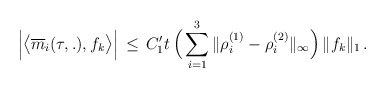
\begin{align*}\Big| \big< \overline{m}_i (\tau,.), f_k \big>\Big|\,\le \, C_1' t\, \Big(\sum_{i=1}^3 \|\rho_i^{(1)}-\rho_i^{(2)} \|_\infty\Big)\, \| f_k\|_1\, .\end{align*}